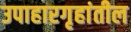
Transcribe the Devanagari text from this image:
उपाहारगृहांतील